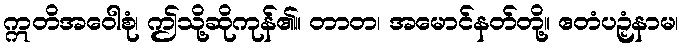
ဣတိအဝေါစုံ၊ ဤသို့ဆိုကုန်၏။ တာတ၊ အမောင်နတ်တို့။ ဧတံပဉှံနာမ၊